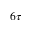
6 \tau